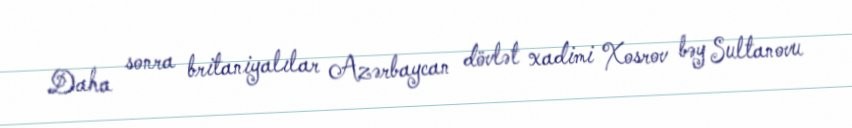
Daha sonra britaniyalılar Azərbaycan dövlət xadimi Xosrov bəy Sultanovu